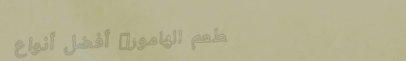
مطعم الهامور: أفضل أنواع